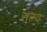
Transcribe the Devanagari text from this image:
सल्य